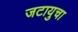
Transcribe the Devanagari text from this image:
जटायुचा